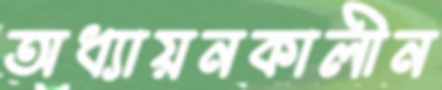
অধ্যায়নকালীন